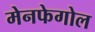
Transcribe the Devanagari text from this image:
मेनफेगोल